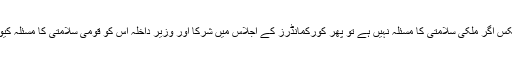
اُنھوں نے کہا کہ ڈان لیکس اگر ملکی سلامتی کا مسئلہ نہیں ہے تو پھر کورکمانڈرز کے اجلاس میں شرکا اور وزیر داخلہ اس کو قومی سلامتی کا مسئلہ کیوں قرار دیتے رہے ہیں۔